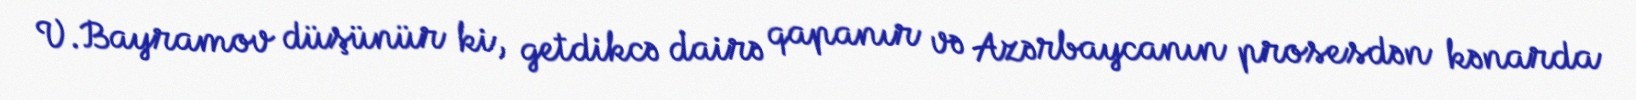
V.Bayramov düşünür ki, getdikcə dairə qapanır və Azərbaycanın prosesdən kənarda